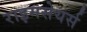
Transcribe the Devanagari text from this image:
राइमसेयर्स